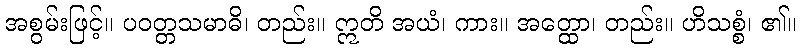
အစွမ်းဖြင့်။ ပဝတ္တသမာဓိ၊ တည်း။ ဣတိ အယံ၊ ကား။ အတ္ထော၊ တည်း။ ဟိသစ္စံ၊ ၏။